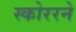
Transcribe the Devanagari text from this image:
स्कोररने